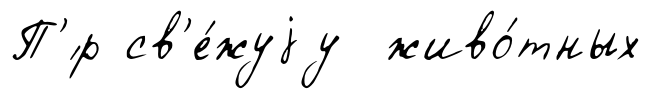
П'́р св'е́жуjу живо́тных